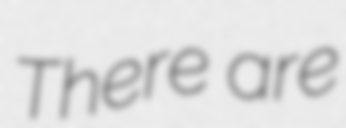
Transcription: There are